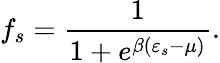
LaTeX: f_{s}=\frac{1}{1+e^{\beta(\varepsilon_{s}-\mu)}}.